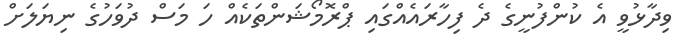
ވިދާޅުވީ އެ ކުންފުނީގެ ދެ ފިހާރައެއްގައި ޕްރޮމޯޝަންތަކެއް ހަ މަސް ދުވަހުގެ ނިޔަލަށް